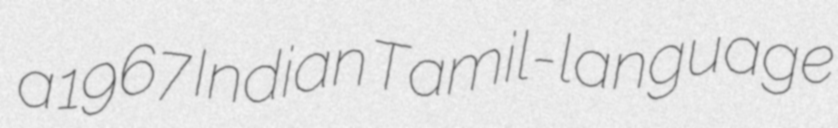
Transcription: a 1967 Indian Tamil-language